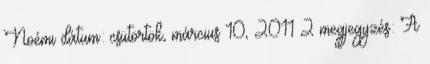
Noémi dátum: csütörtök, március 10, 2011 2 megjegyzés: A